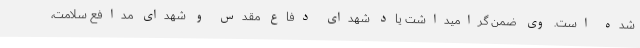
شده است. وی ضمن گرامیداشت یاد شهدای دفاع مقدس و شهدای مدافع سلامت،